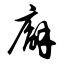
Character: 廨